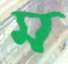
ম